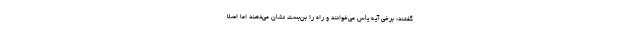
گفتند: برخی آیه یأس می‌خوانند و راه را بن‌بست نشان می‌دهند اما اصلاً